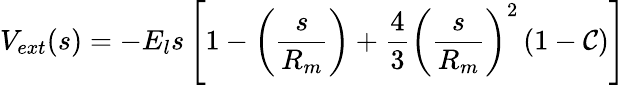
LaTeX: V_{ext}(s)=-E_{l}s\left[1-\left(\frac{s}{R_{m}}\right)+\frac{4}{3}\left(\frac{s}{R_{m}}\right)^{2}\left(1-{\cal{C}}\right)\right]